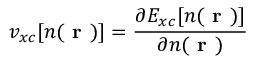
v _ { x c } [ n ( \textbf { r } ) ] = \frac { \partial E _ { x c } [ n ( \textbf { r } ) ] } { \partial n ( \textbf { r } ) }